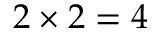
2 \times 2 = 4